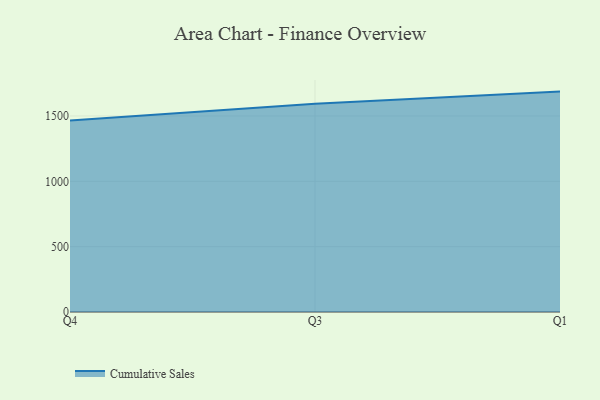
{"axis": {"x": "Quarter", "y": "Conversion Rate (%)"}, "legend": ["Cumulative Sales"], "data": [{"x": "Q4", "y": 1466.3, "type": "Cumulative Sales"}, {"x": "Q3", "y": 1592.7, "type": "Cumulative Sales"}, {"x": "Q1", "y": 1686.5, "type": "Cumulative Sales"}]}